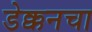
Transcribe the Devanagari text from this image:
डेक्कनचा